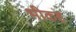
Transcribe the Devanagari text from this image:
भीकह